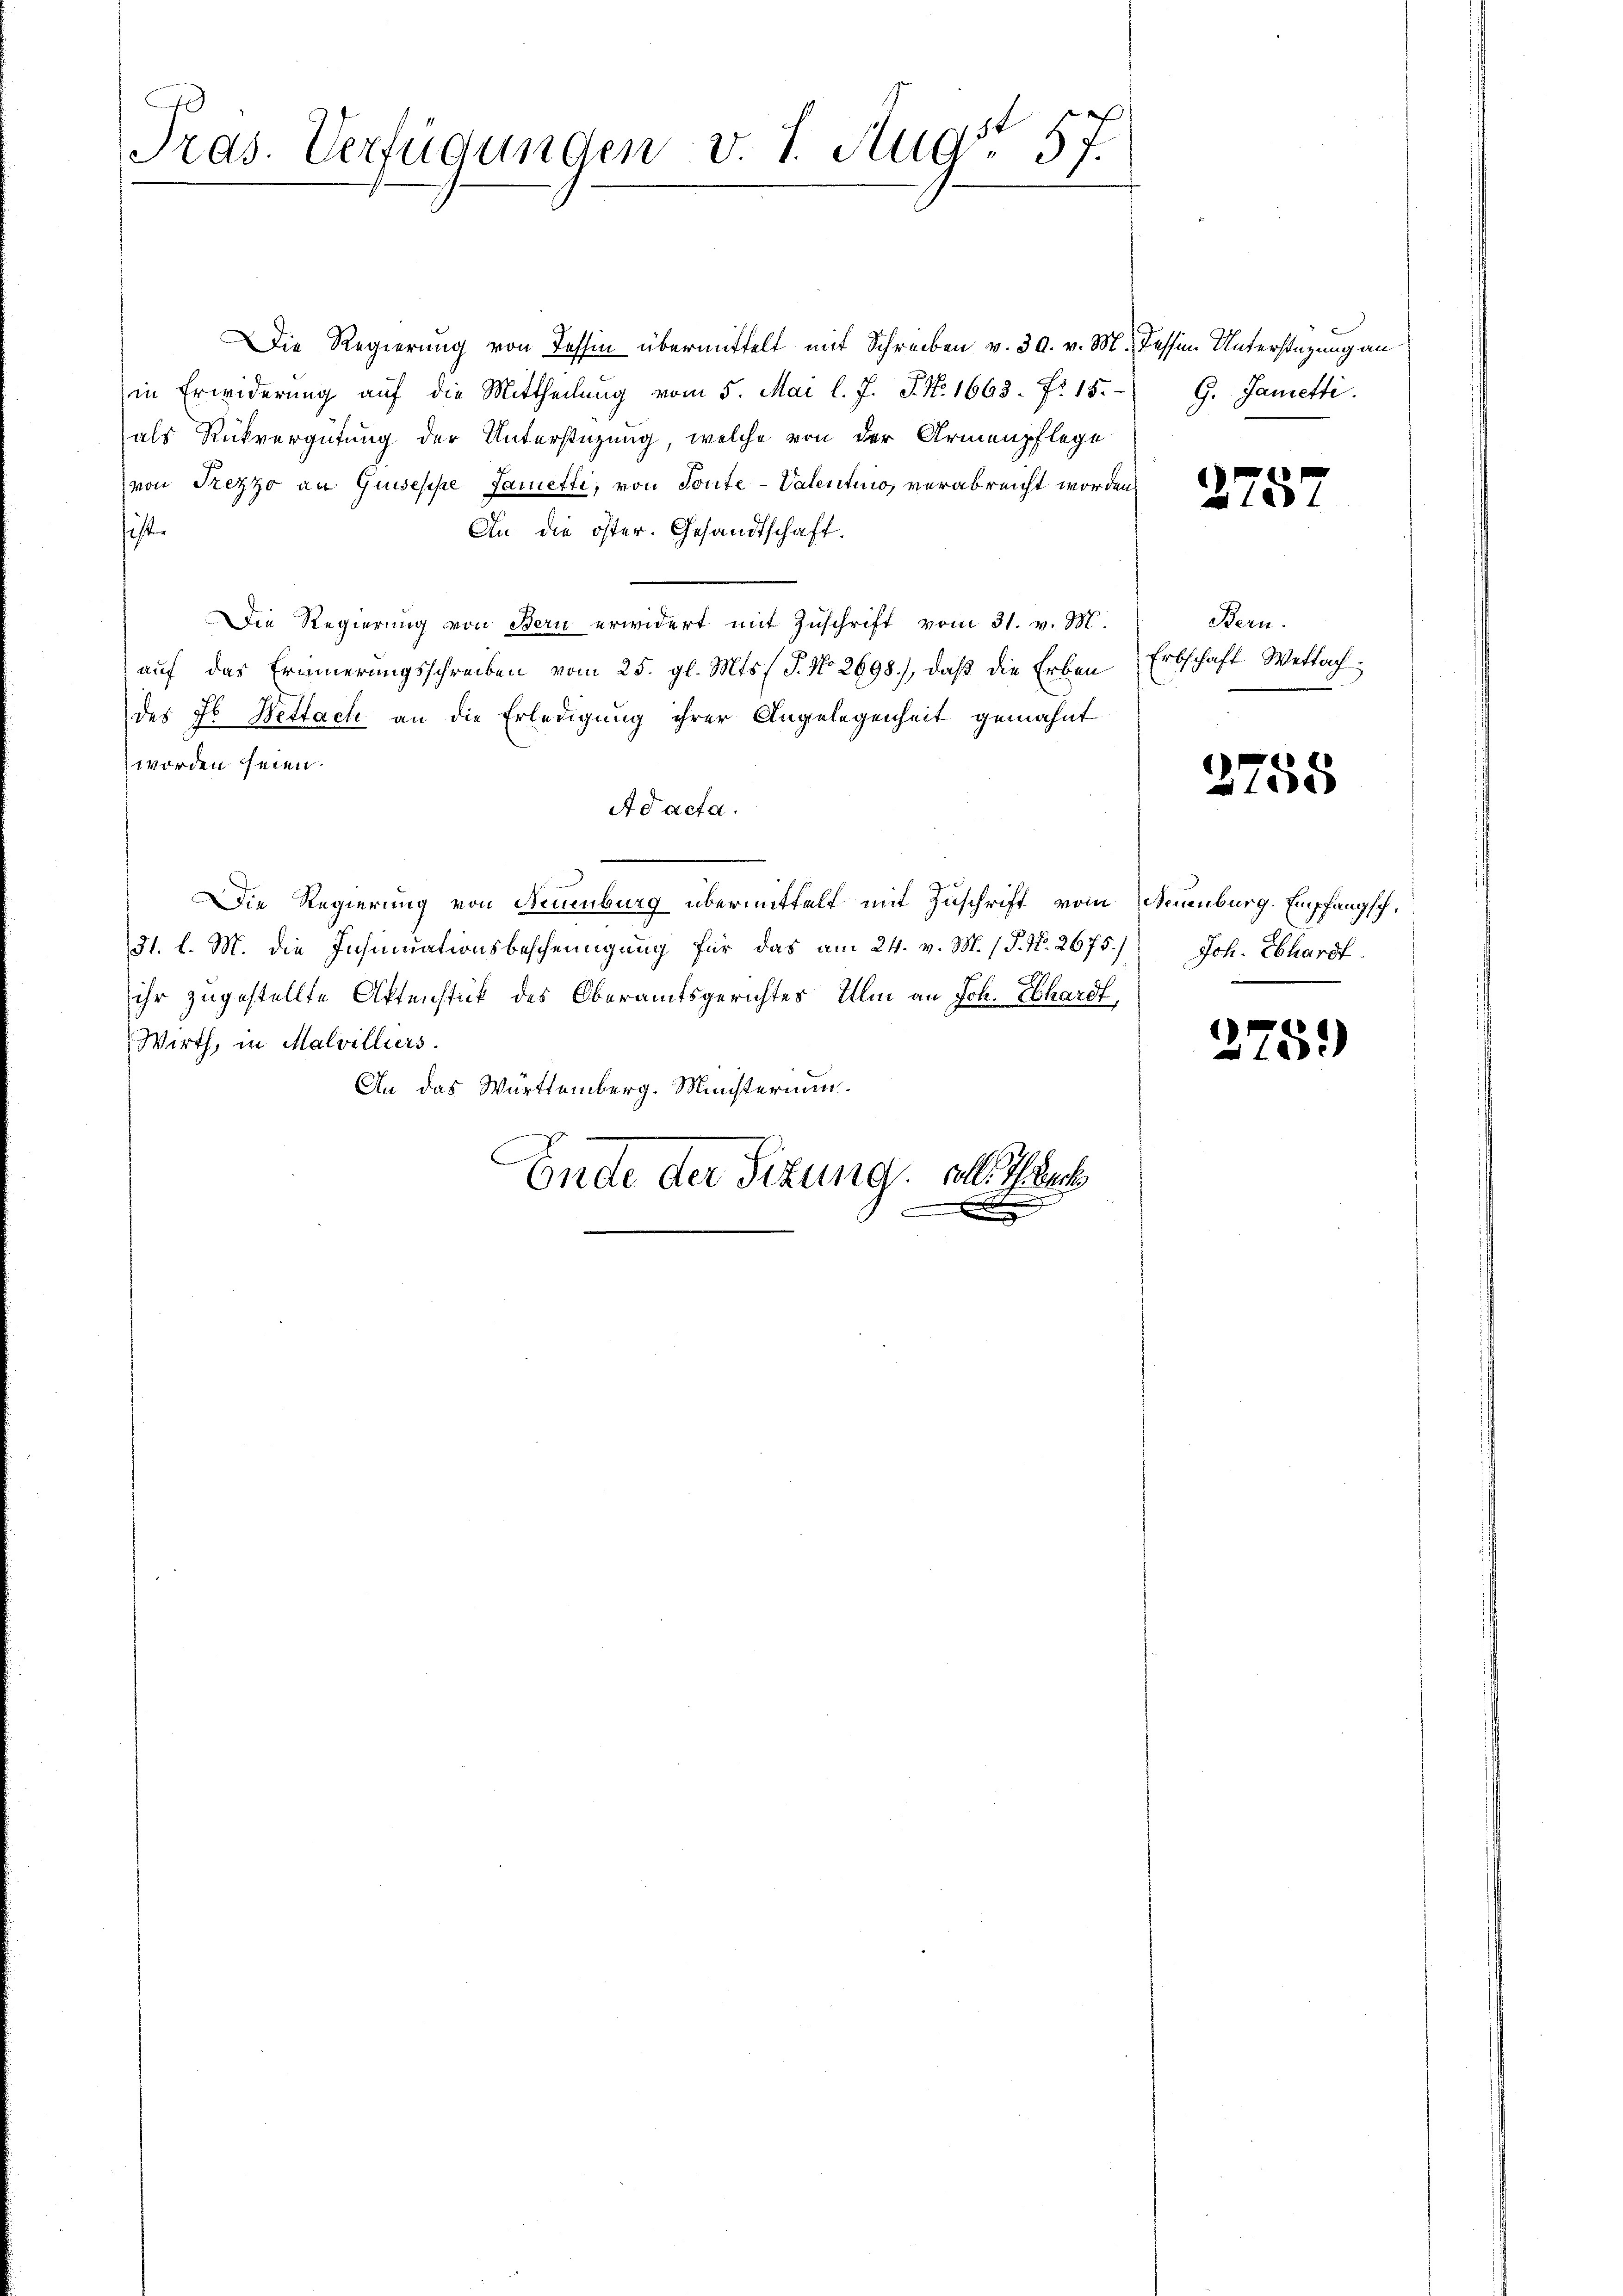
1
Tras. Verfügungen v. J. Aug. 57.

Die Regierung von Tessin übermittelt mit Schreiben v. 30. v. M. dessen Unterstüzung an
in Erwiderung auf die Mittheilŭng vom 5. Mai l. J. J. No. 1663. Fr. 15.
als Rückvergütung der Unterstüzung, welche von der Armenpflege
von Trezzo an Guseppe sametti, von Toute-Valentiio, verabreicht worden.
ist.
An die öster. Gesandtschaft.
Die Regierung von Bern erwidert mit Zuschrift vom 31. v. M.
auf das Erinnerungsschreiben vom 25. gl. Mts. (T. No 2698), daß die Erben
des Jb. Wettach an die Erledigung ihrer Angelegenheit gemahnt
worden seien.
Ad acta.
Die Regierung von Neuenburg übermittelt mit Zuschrift vom Neuenburg. Empfangsch¬
31. l. M. die Insinuationsbescheinigung für das am 24. v. M. / P. Nr. 2675.) Joh. Ebhardt.
27
ihr zugestellte Aktenstück des Oberamtsgerichtes Ulm an Joh. Ebhardt
Wirth, in Malvilliers.
An das Württemberg. Ministerium.
Ende der Sitzung. Alle auch

G. Sametti.

275

Bern.
Erbschaft. Wettach

2755

278.)